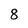
Character: 8